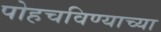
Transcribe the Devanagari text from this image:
पोहचविण्याच्या